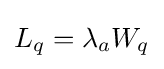
L_{q}=\lambda _{a}W_{q}